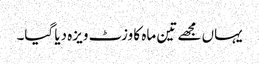
یہاں مجھے تین ماہ کا وزٹ ویزہ دیا گیا۔